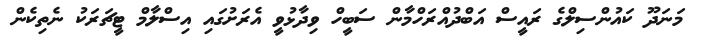
މަނަދޫ ކައުންސިލްގެ ރައީސް އަބްދުއްރަހްމާން ސަބީހް ވިދާޅުވީ އެރަށުގައި އިސްލާމް ޓީޗަރަކު ނެތިކެން